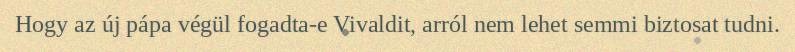
Hogy az új pápa végül fogadta-e Vivaldit, arról nem lehet semmi biztosat tudni.